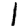
Digit: 1